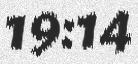
19:14